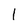
Character: 1